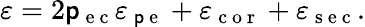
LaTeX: \varepsilon=2\mathsf{p}_{\mathrm{{~e~c~}}}\varepsilon_{\mathrm{{~\mathsf{p}~e~}}}+\varepsilon_{\mathrm{{~c~o~r~}}}+\varepsilon_{\mathrm{{~s~e~c~}}}.